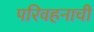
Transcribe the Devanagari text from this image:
परिवहनाची